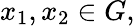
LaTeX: x_{1},x_{2}\in G,